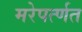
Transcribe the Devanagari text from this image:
मरेपर्त्णत